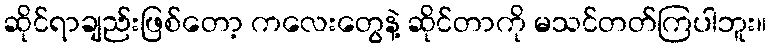
ဆိုင်ရာချည်းဖြစ်တော့ ကလေးတွေနဲ့ ဆိုင်တာကို မသင်တတ်ကြပါဘူး။